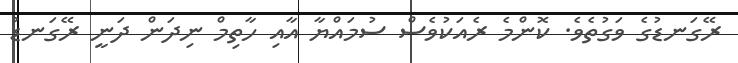
ރޭގަނޑުގެ ވަގުތެވެ. ކޮންމެ ރެއަކުވެސް ސުމައްޔާ އާއި ހާތިމް ނިދަން ދަނީ ރޭގަނޑު